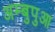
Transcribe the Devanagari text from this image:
अम्बुपुआ